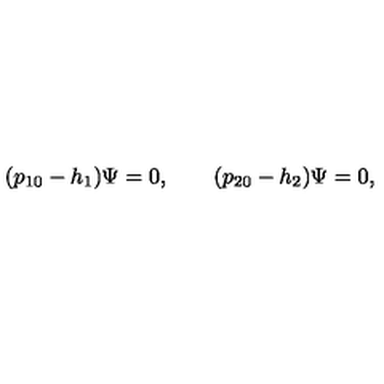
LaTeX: ( p _ { 1 0 } - h _ { 1 } ) \Psi = 0 , \qquad ( p _ { 2 0 } - h _ { 2 } ) \Psi = 0 ,